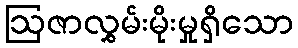
ဩဇာလွှမ်းမိုးမှုရှိသော